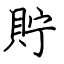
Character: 貯